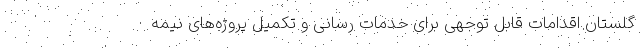
گلستان اقدامات قابل توجهی برای خدمات رسانی و تکمیل پروژه‌های نیمه